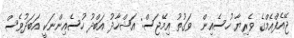
ޖޭއެފްއެމްގެ ވެރިޔާ ހުސެއިން  ވަގުތު އިމޭޖަސް: އަޝްހާދު އަބްދު ހުސެއިންނަކީ އަބަދުވެސް